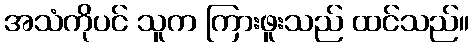
အသံကိုပင် သူက ကြားဖူးသည် ထင်သည်။